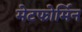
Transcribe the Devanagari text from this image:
मेटफोर्मिन